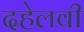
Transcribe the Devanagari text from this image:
दहेलवी